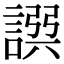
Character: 𧩿